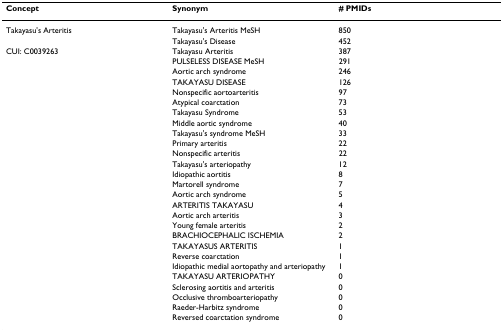
| Concept | Synonym | # PMIDs |
 | --- | --- | --- |
 | Takayasu's Arteritis | Takayasu's Arteritis MeSH | 850 |
 |  | Takayasu's Disease | 452 |
 | CUI: C0039263 | Takayasu Arteritis | 387 |
 |  | PULSELESS DISEASE MeSH | 291 |
 |  | Aortic arch syndrome | 246 |
 |  | TAKAYASU DISEASE | 126 |
 |  | Nonspecific aortoarteritis | 97 |
 |  | Atypical coarctation | 73 |
 |  | Takayasu Syndrome | 53 |
 |  | Middle aortic syndrome | 40 |
 |  | Takayasu's syndrome MeSH | 33 |
 |  | Primary arteritis | 22 |
 |  | Nonspecific arteritis | 22 |
 |  | Takayasu's arteriopathy | 12 |
 |  | Idiopathic aortitis | 8 |
 |  | Martorell syndrome | 7 |
 |  | Aortic arch syndrome | 5 |
 |  | ARTERITIS TAKAYASU | 4 |
 |  | Aortic arch arteritis | 3 |
 |  | Young female arteritis | 2 |
 |  | BRACHIOCEPHALIC ISCHEMIA | 2 |
 |  | TAKAYASUS ARTERITIS | 1 |
 |  | Reverse coarctation | 1 |
 |  | Idiopathic medial aortopathy and arteriopathy | 1 |
 |  | TAKAYASU ARTERIOPATHY | 0 |
 |  | Sclerosing aortitis and arteritis | 0 |
 |  | Occlusive thromboarteriopathy | 0 |
 |  | Raeder-Harbitz syndrome | 0 |
 |  | Reversed coarctation syndrome | 0 |